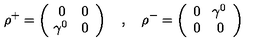
\rho ^ { + } = \left( \begin{array} { c c } { 0 } & { 0 } \\ { \! \gamma ^ { 0 } } & { 0 } \\ \end{array} \right) \quad , \quad \rho ^ { - } = \left( \begin{array} { c c } { 0 } & { \! \gamma ^ { 0 } } \\ { 0 } & { 0 } \\ \end{array} \right)